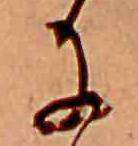
に